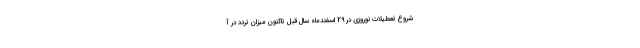
شروع تعطیلات نوروزی در 29 اسفندماه سال قبل تاکنون میزان تردد در آ